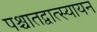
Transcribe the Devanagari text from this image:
पश्चातद्वात्स्यायन